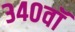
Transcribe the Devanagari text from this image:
३४०वॉ